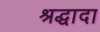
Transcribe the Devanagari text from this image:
श्रद्धादा